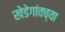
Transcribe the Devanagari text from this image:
खेडेगांवच्या